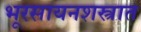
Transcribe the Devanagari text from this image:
भूरसायनशस्त्रात